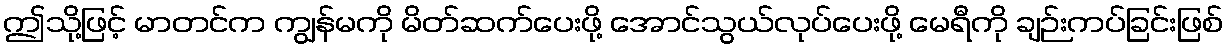
ဤသို့ဖြင့် မာတင်က ကျွန်မကို မိတ်ဆက်ပေးဖို့ အောင်သွယ်လုပ်ပေးဖို့ မေရီကို ချဉ်းကပ်ခြင်းဖြစ်